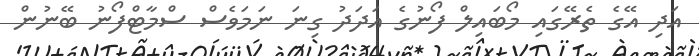
އަދި އޭގެ ތެރޭގައި މޯބައިލް ފޯނުގެ އަދަދު ގިނަ ނަމަވެސް ސްމާޓްފޯނު ބޭނުން